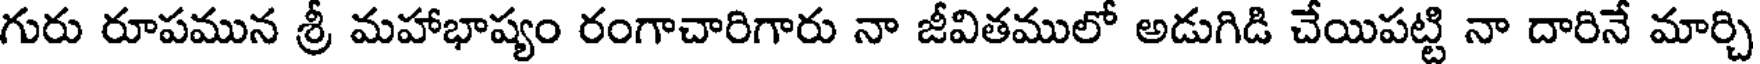
గురు రూపమున శ్రీ మహాభాష్యం రంగాచారిగారు నా జీవితములో అడుగిడి చేయిపట్టి నా దారినే మార్చి